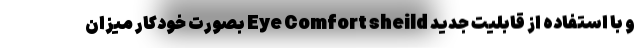
و با استفاده از قابلیت جدید Eye Comfort sheild بصورت خودکار میزان